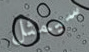
سيمثل